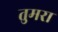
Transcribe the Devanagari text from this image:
तुमरा